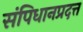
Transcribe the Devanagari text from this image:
संपिधानप्रदत्त